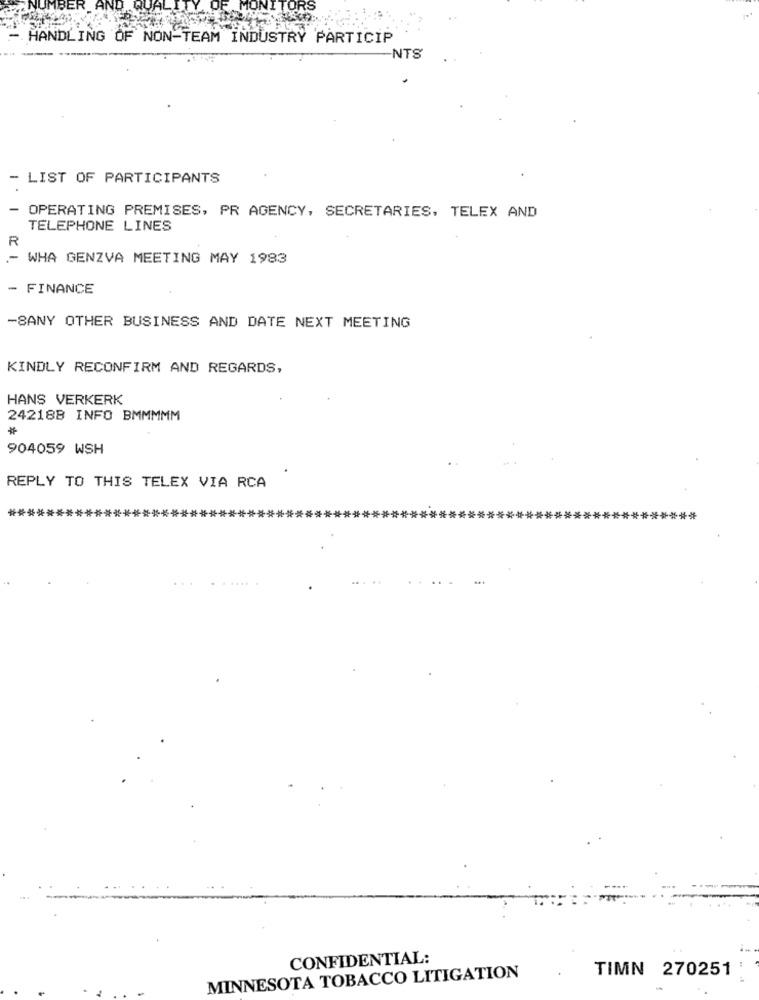
IBER
HANDLING OF NON-TEAM INDUSTRY PARTICIP
NTS
LIST OF PARTICIPANTS
- OPERATING PREMISES, PR AGENCY, SECRETARIES, TELEX AND
TELEPHONE LINES
R
.- WHA GENZVA MEETING MAY 1983
- FINANCE
-8ANY OTHER BUSINESS AND DATE NEXT MEETING
KINDLY RECONFIRM AND REGARDS,
HANS VERKERK
242188 INFO BMMMMM
904059 WSH
REPLY TO THIS TELEX VIA RCA
*****************
......
CONFIDENTIAL:
TIMN 270251
MINNESOTA TOBACCO LITIGATION